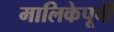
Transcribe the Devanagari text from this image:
मालिकेपूर्वी